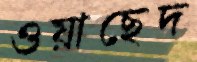
ওয়াছেদ